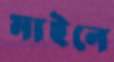
মাইনে